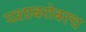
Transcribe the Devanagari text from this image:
यशाबरोबरच